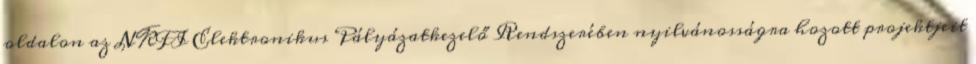
oldalon az NKFI Elektronikus Pályázatkezelő Rendszerében nyilvánosságra hozott projektjeit